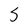
Character: S